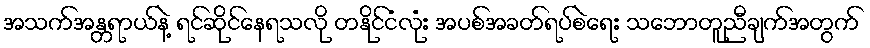
အသက်အန္တရာယ်နဲ့ ရင်ဆိုင်နေရသလို တနိုင်ငံလုံး အပစ်အခတ်ရပ်စဲရေး သဘောတူညီချက်အတွက်